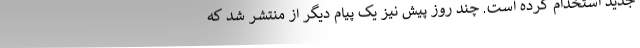
جدید استخدام کرده است. چند روز پیش نیز یک پیام دیگر از منتشر شد که